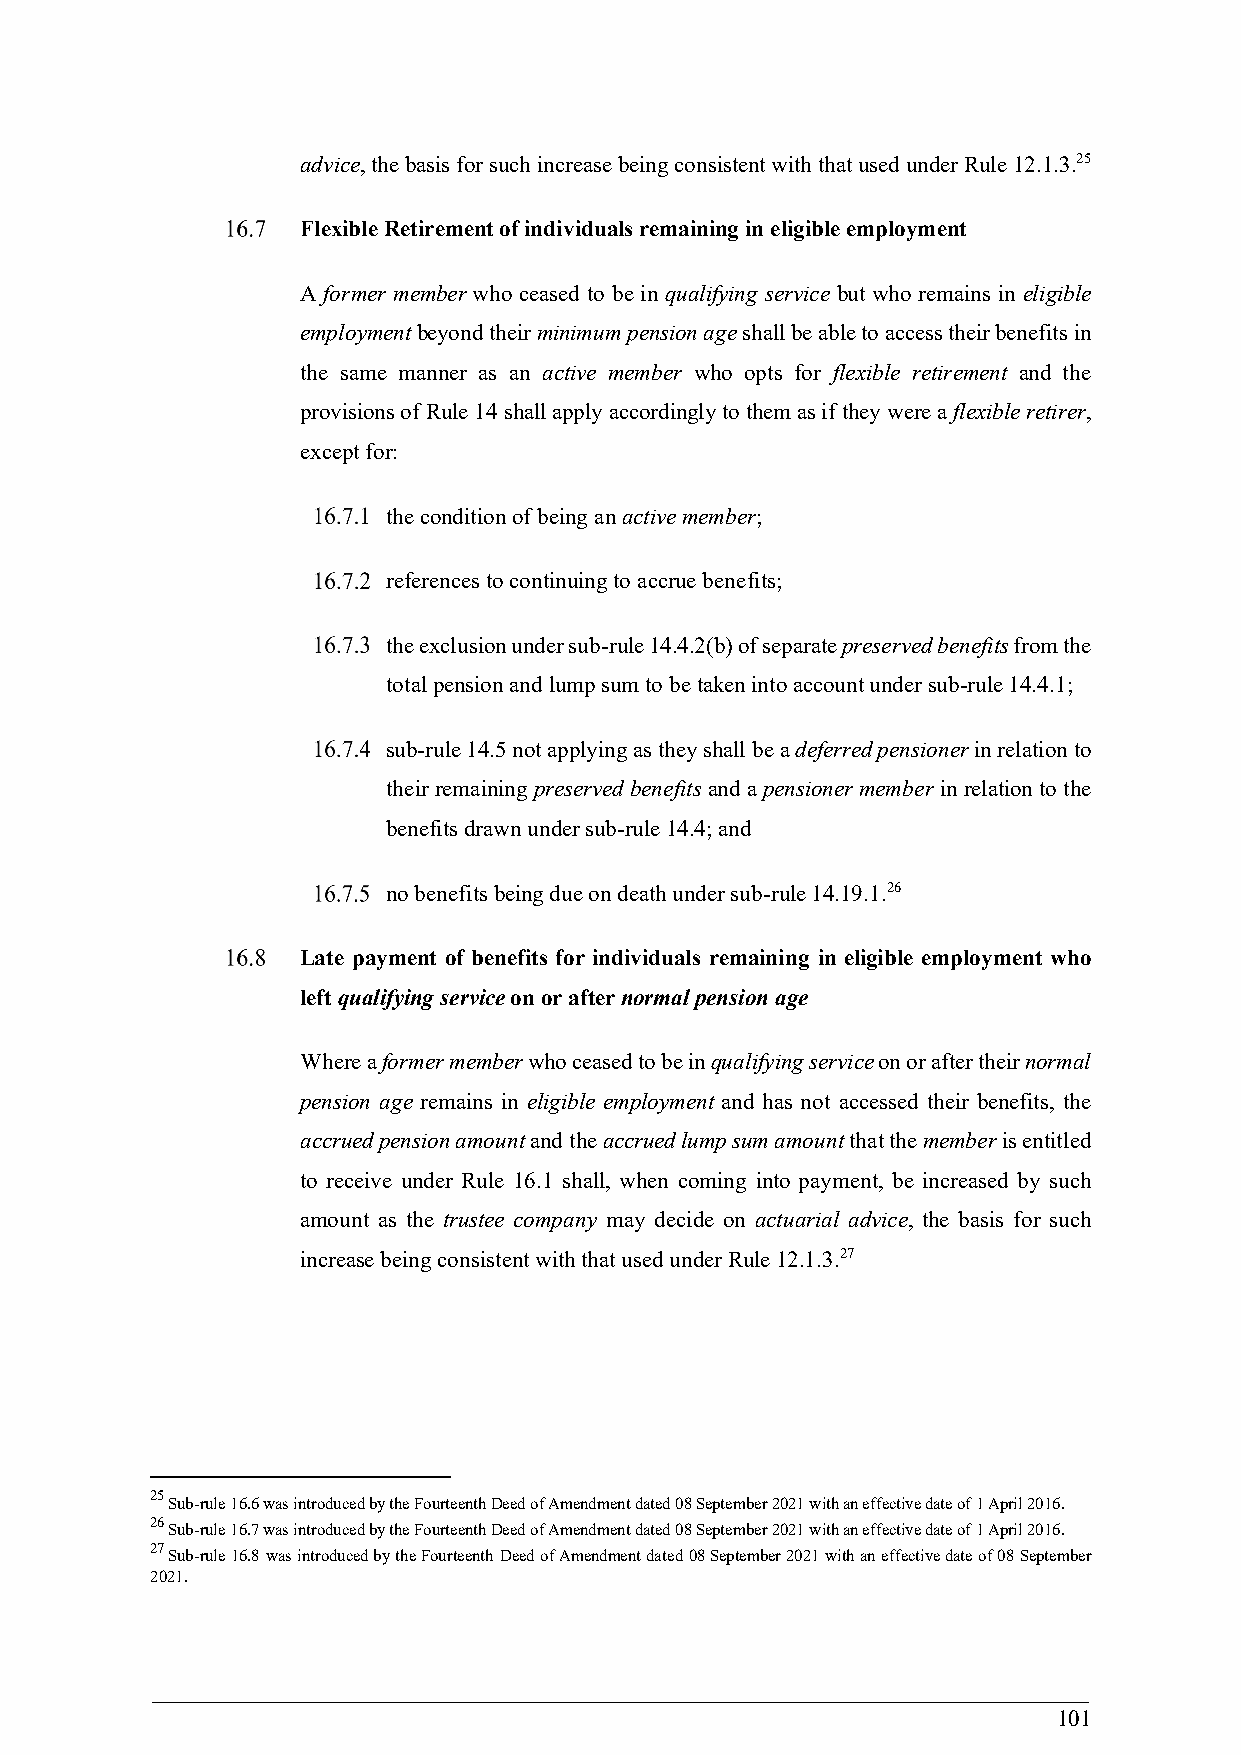
advice, the basis for such increase being consistent with that used under Rule 12.1.3.25
 Flexible Retirement of individuals remaining in eligible employment
 A former member who ceased to be in qualifying service but who remains in eligible
 employment beyond their minimum pension age shall be able to access their benefits in
 the same manner as an active member who opts for flexible retirement and the
 provisions of Rule 14 shall apply accordingly to them as if they were a flexible retirer,
 except for:
 the condition of being an active member;
 references to continuing to accrue benefits;
 the exclusion under sub-rule 14.4.2(b) of separate preserved benefits from the
 total pension and lump sum to be taken into account under sub-rule 14.4.1;
 sub-rule 14.5 not applying as they shall be a deferred pensioner in relation to
 their remaining preserved benefits and a pensioner member in relation to the
 benefits drawn under sub-rule 14.4; and
 no benefits being due on death under sub-rule 14.19.1.26
 Late payment of benefits for individuals remaining in eligible employment who
 left qualifying service on or after normal pension age
 Where a former member who ceased to be in qualifying service on or after their normal
 pension age remains in eligible employment and has not accessed their benefits, the
 accrued pension amount and the accrued lump sum amount that the member is entitled
 to receive under Rule 16.1 shall, when coming into payment, be increased by such
 amount as the trustee company may decide on actuarial advice, the basis for such
 increase being consistent with that used under Rule 12.1.3.27
 25
 Sub-rule 16.6 was introduced by the Fourteenth Deed of Amendment dated 08 September 2021 with an effective date of 1 April 2016.
 26
 Sub-rule 16.7 was introduced by the Fourteenth Deed of Amendment dated 08 September 2021 with an effective date of 1 April 2016.
 27
 Sub-rule 16.8 was introduced by the Fourteenth Deed of Amendment dated 08 September 2021 with an effective date of 08 September
 2021.
 101